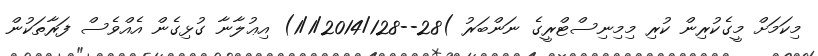
މިކަމަށް މީގެކުރިން ކުރި މިމިނިސްޓްރީގެ ނަންބަރު )28--1/1/2014/128) އިޢުލާނާ ގުޅިގެން އެއްވެސް ފަރާތަކުން